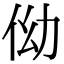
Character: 㑃